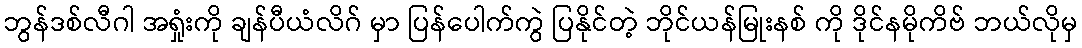
ဘွန်ဒစ်လီဂါ အရှုံးကို ချန်ပီယံလိဂ် မှာ ပြန်ပေါက်ကွဲ ပြနိုင်တဲ့ ဘိုင်ယန်မြုးနစ် ကို ဒိုင်နမိုကိဗ် ဘယ်လိုမှ